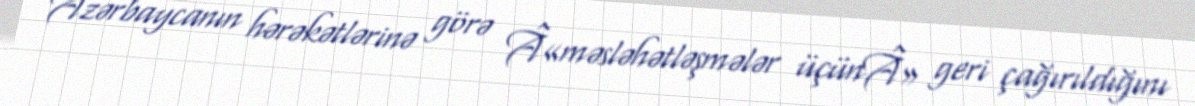
Azərbaycanın hərəkətlərinə görə Â«məsləhətləşmələr üçünÂ» geri çağırıldığını